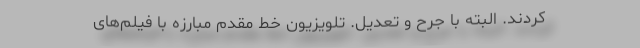
‌کردند. البته با جرح و تعدیل. تلویزیون خط مقدم مبارزه با فیلم‌های